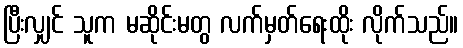
ပြီးလျှင် သူက မဆိုင်းမတွ လက်မှတ်ရေးထိုး လိုက်သည်။